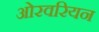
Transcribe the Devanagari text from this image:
ओरवरियन